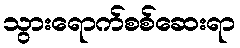
သွားရောက်စစ်ဆေးရာ